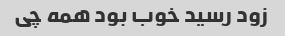
زود رسید خوب بود همه چی